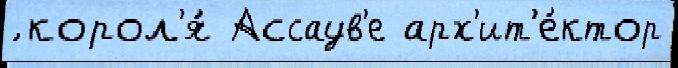
́ корол'я́ Ассаув'е арх'ит'е́ктор